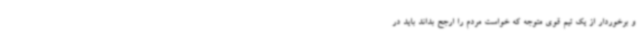
و برخوردار از یک تیم قوی متوجه که خواست مردم را ارجح بداند باید در